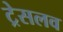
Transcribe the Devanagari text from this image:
ट्रेसलव